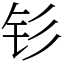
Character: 钐